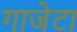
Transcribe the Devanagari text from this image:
गाजेटा